Vaccination report Assam 1896-1927 - 1896-1927
Year: 1896
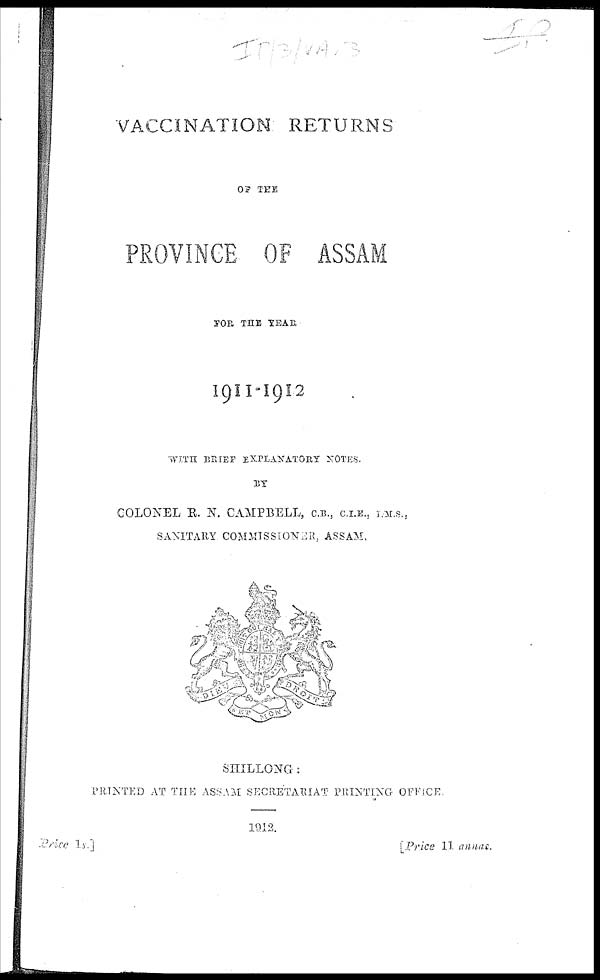
VACCINATION RETURNS
OF THE
PROVINCE OF ASSAM
FOR THE YEAR.
1911- 1912
WITH BRIEF EXPLANATORY NOTES.
BY
COLONEL R. N. CAMPBELL, C.B., C.I.E., I.M.S.,
SANITARY COMMISSIONER, ASSAM,
SHILLONG :
PRINTED AT THE ASSAM SECRETARIAT PRINTING OFFICE
1912.
Price1s
]
[Price 11 annas.